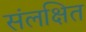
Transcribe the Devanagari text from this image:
संलक्षित